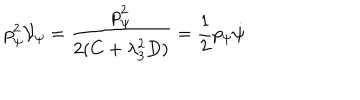
LaTeX: p _ { \psi } ^ { 2 } { \cal V } _ { \psi } = \frac { p _ { \psi } ^ { 2 } } { 2 ( C + \lambda _ { 3 } ^ { 2 } D ) } = \frac { 1 } { 2 } p _ { \psi } \dot { \psi }